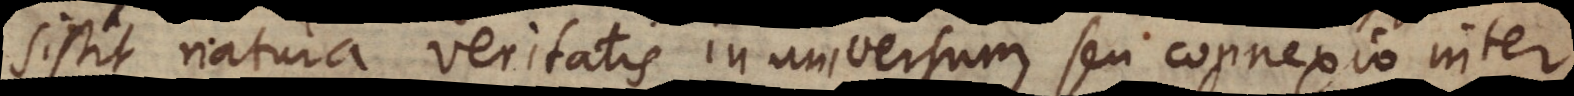
sistit natura veritatis in universum seu connexio inter